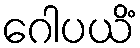
ဂေါပယိံ